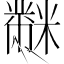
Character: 𪓋